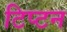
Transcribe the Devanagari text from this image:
टिप्टन